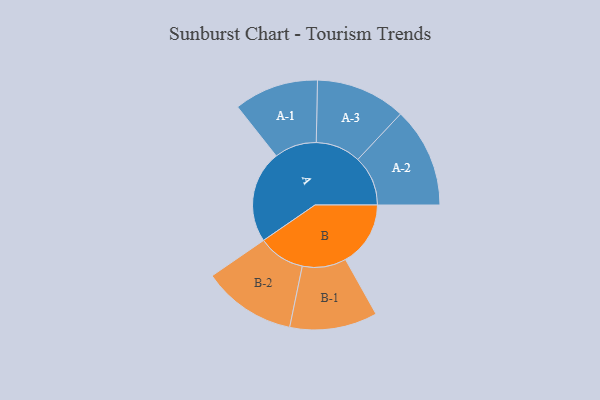
{"axis": {"x": "Segment", "y": "Value"}, "legend": ["", "A", "B"], "data": [{"x": "A", "y": 457, "type": ""}, {"x": "B", "y": 322, "type": ""}, {"x": "A-1", "y": 209, "type": "A"}, {"x": "A-2", "y": 248, "type": "A"}, {"x": "A-3", "y": 223, "type": "A"}, {"x": "B-1", "y": 217, "type": "B"}, {"x": "B-2", "y": 232, "type": "B"}]}